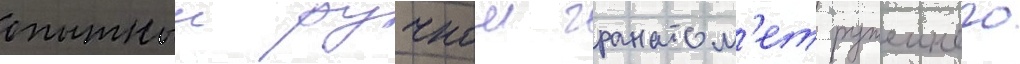
опытныи ручнои гранатом'ет ружеиного